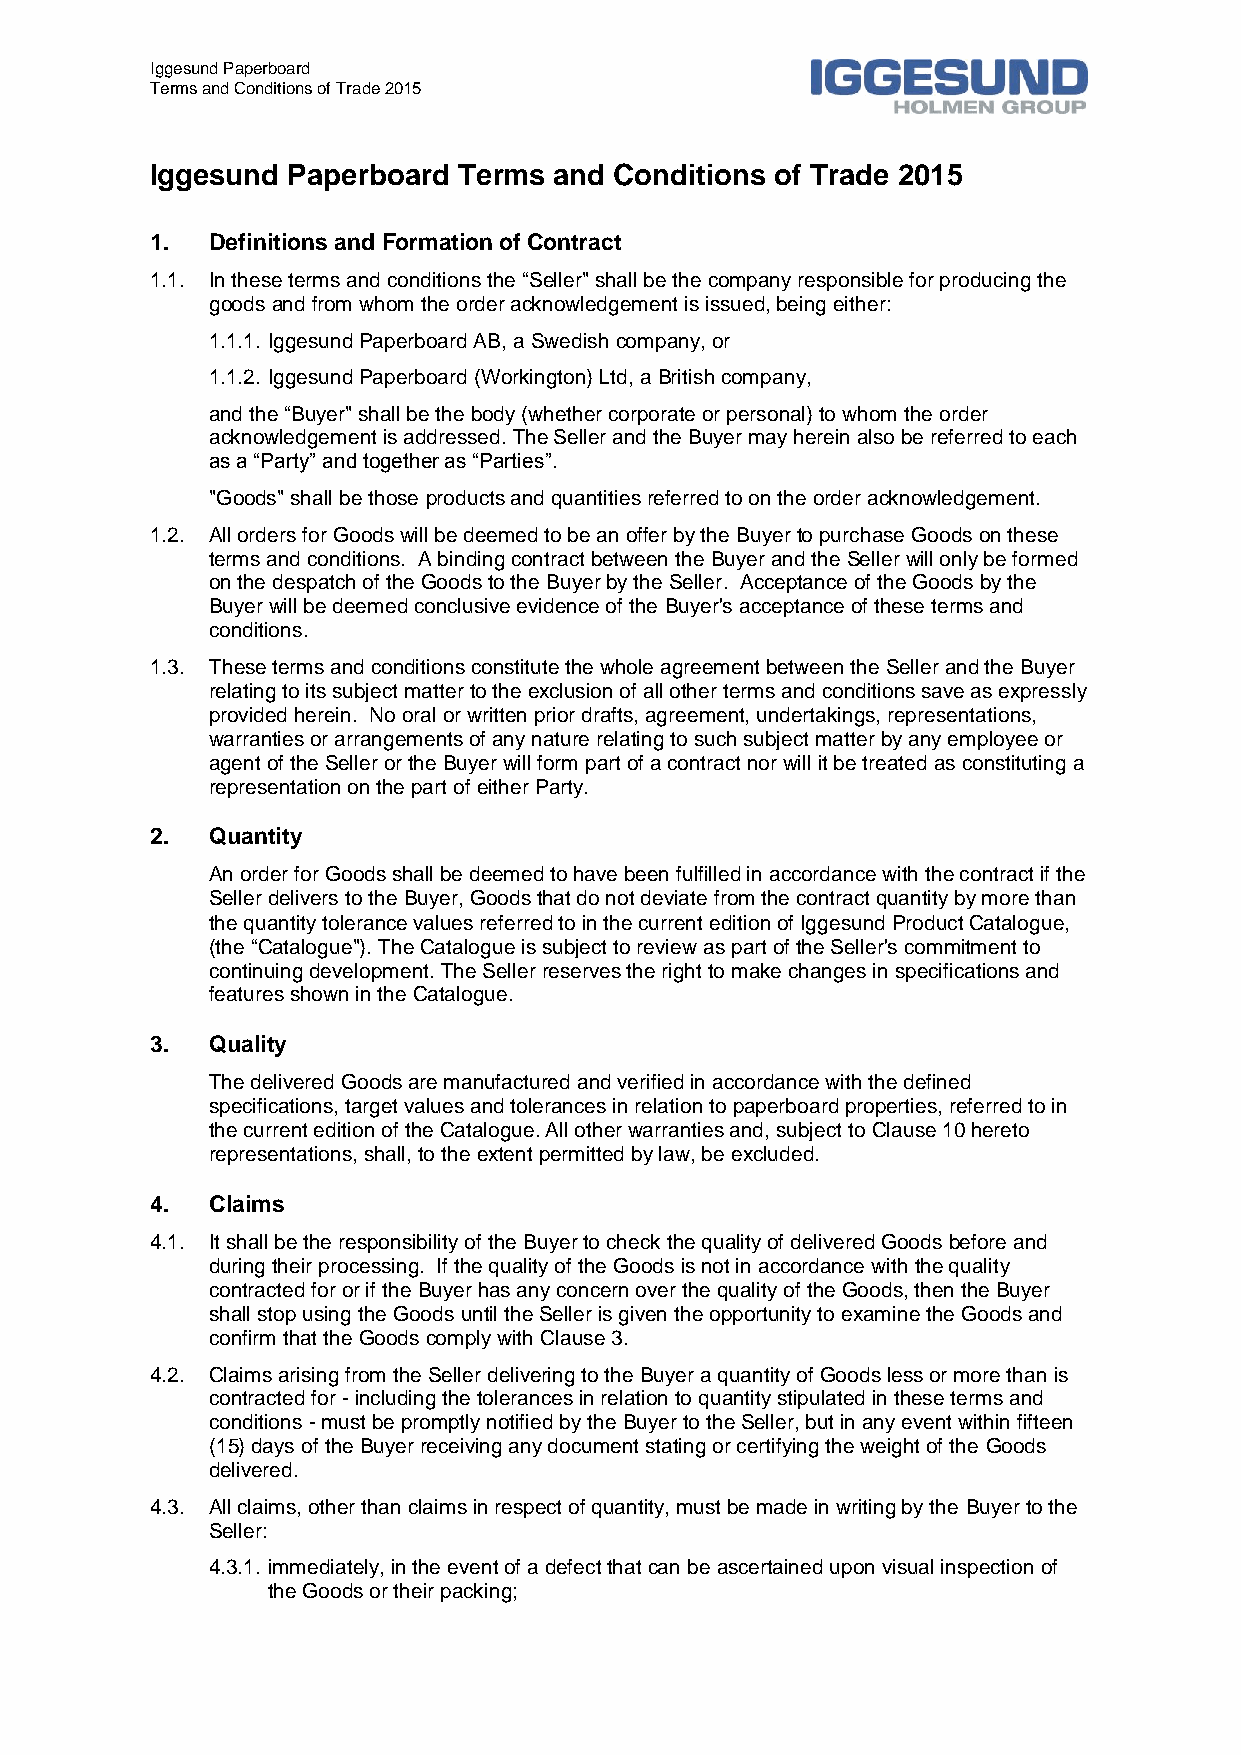
Iggesund Paperboard
 Terms and Conditions of Trade 2015
 Iggesund Paperboard Terms  and Conditions of Trade 2015
 1.  Definitions and Formation of Contract
 1.1. In these terms and conditions the “Seller" shall be the company responsible for producing the
 goods and from whom the order acknowledgement is issued, being either:
 1.1.1. Iggesund Paperboard AB, a Swedish company, or
 1.1.2. Iggesund Paperboard (Workington) Ltd, a British company,
 and the “Buyer" shall be the body (whether corporate or personal) to whom the order
 acknowledgement is addressed. The Seller and the Buyer may herein also be referred to each
 as a “Party” and together as “Parties”.
 "Goods" shall be those products and quantities referred to on the order acknowledgement.
 1.2. All orders for Goods will be deemed to be an offer by the Buyer to purchase Goods on these
 terms and conditions. A binding contract between the Buyer and the Seller will only be formed
 on the despatch of the Goods to the Buyer by the Seller. Acceptance of the Goods by the
 Buyer will be deemed conclusive evidence of the Buyer's acceptance of these terms and
 conditions.
 1.3. These terms and conditions constitute the whole agreement between the Seller and the Buyer
 relating to its subject matter to the exclusion of all other terms and conditions save as expressly
 provided herein. No oral or written prior drafts, agreement, undertakings, representations,
 warranties or arrangements of any nature relating to such subject matter by any employee or
 agent of the Seller or the Buyer will form part of a contract nor will it be treated as constituting a
 representation on the part of either Party.
 2.  Quantity
 An order for Goods shall be deemed to have been fulfilled in accordance with the contract if the
 Seller delivers to the Buyer, Goods that do not deviate from the contract quantity by more than
 the quantity tolerance values referred to in the current edition of Iggesund Product Catalogue,
 (the “Catalogue"). The Catalogue is subject to review as part of the Seller's commitment to
 continuing development. The Seller reserves the right to make changes in specifications and
 features shown in the Catalogue.
 3.  Quality
 The delivered Goods are manufactured and verified in accordance with the defined
 specifications, target values and tolerances in relation to paperboard properties, referred to in
 the current edition of the Catalogue. All other warranties and, subject to Clause 10 hereto
 representations, shall, to the extent permitted by law, be excluded.
 4.  Claims
 4.1. It shall be the responsibility of the Buyer to check the quality of delivered Goods before and
 during their processing. If the quality of the Goods is not in accordance with the quality
 contracted for or if the Buyer has any concern over the quality of the Goods, then the Buyer
 shall stop using the Goods until the Seller is given the opportunity to examine the Goods and
 confirm that the Goods comply with Clause 3.
 4.2. Claims arising from the Seller delivering to the Buyer a quantity of Goods less or more than is
 contracted for - including the tolerances in relation to quantity stipulated in these terms and
 conditions - must be promptly notified by the Buyer to the Seller, but in any event within fifteen
 (15) days of the Buyer receiving any document stating or certifying the weight of the Goods
 delivered.
 4.3. All claims, other than claims in respect of quantity, must be made in writing by the Buyer to the
 Seller:
 4.3.1. immediately, in the event of a defect that can be ascertained upon visual inspection of
 the Goods or their packing;